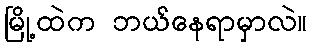
မြို့ထဲက ဘယ်နေရာမှာလဲ။